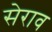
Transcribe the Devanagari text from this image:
सेराव